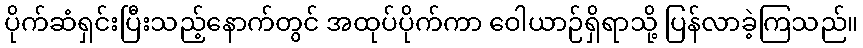
ပိုက်ဆံရှင်းပြီးသည့်နောက်တွင် အထုပ်ပိုက်ကာ ဝေါယာဉ်ရှိရာသို့ ပြန်လာခဲ့ကြသည်။